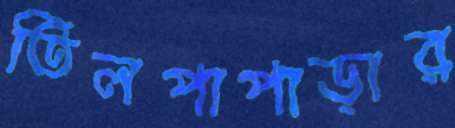
তিলপাপাড়ার